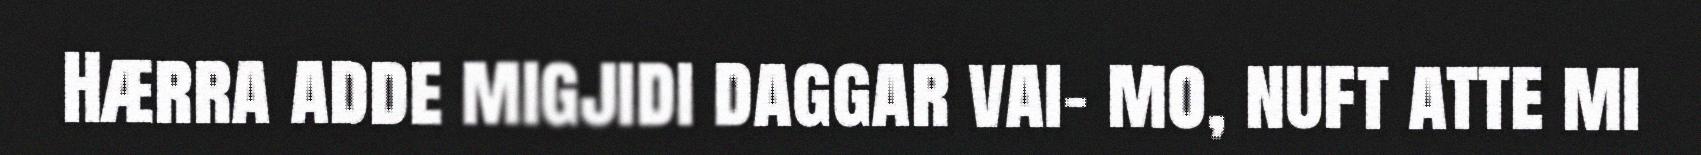
Hærra adde migjidi daggar vai- mo, nuft atte mi